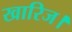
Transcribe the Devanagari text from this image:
खारिज।